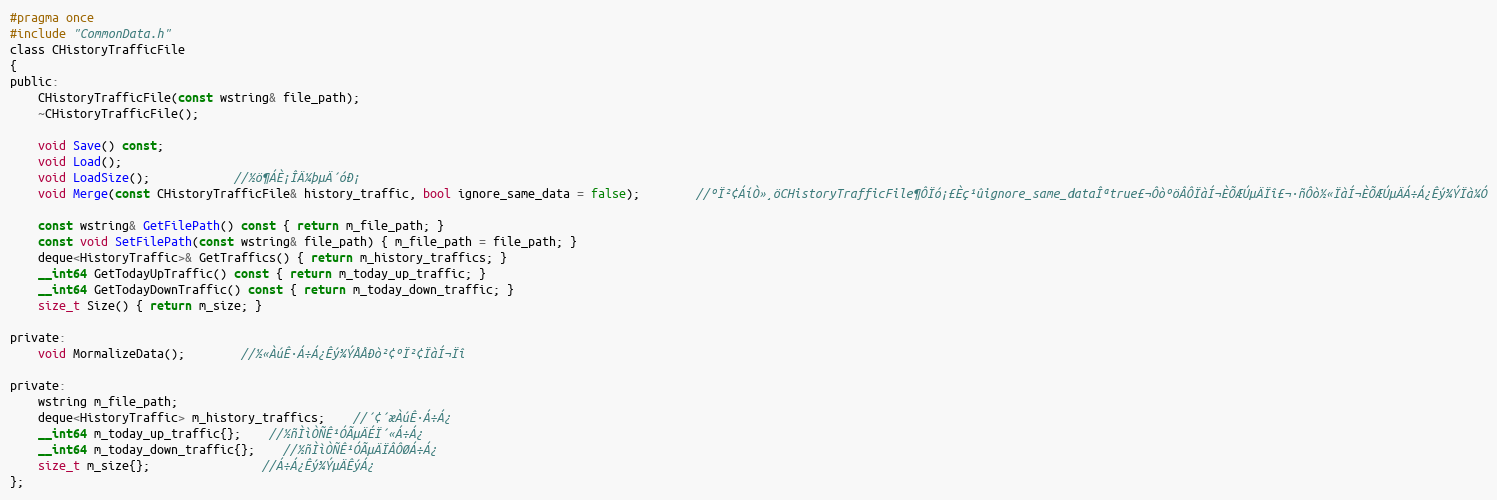
Language: C
#pragma once
#include "CommonData.h"
class CHistoryTrafficFile
{
public:
	CHistoryTrafficFile(const wstring& file_path);
	~CHistoryTrafficFile();

	void Save() const;
	void Load();
	void LoadSize();			//½ö¶ÁÈ¡ÎÄ¼þµÄ´óÐ¡
	void Merge(const CHistoryTrafficFile& history_traffic, bool ignore_same_data = false);		//ºÏ²¢ÁíÒ»¸öCHistoryTrafficFile¶ÔÏó¡£Èç¹ûignore_same_dataÎªtrue£¬ÔòºöÂÔÏàÍ¬ÈÕÆÚµÄÏî£¬·ñÔò½«ÏàÍ¬ÈÕÆÚµÄÁ÷Á¿Êý¾ÝÏà¼Ó

	const wstring& GetFilePath() const { return m_file_path; }
	const void SetFilePath(const wstring& file_path) { m_file_path = file_path; }
	deque<HistoryTraffic>& GetTraffics() { return m_history_traffics; }
	__int64 GetTodayUpTraffic() const { return m_today_up_traffic; }
	__int64 GetTodayDownTraffic() const { return m_today_down_traffic; }
	size_t Size() { return m_size; }

private:
	void MormalizeData();		//½«ÀúÊ·Á÷Á¿Êý¾ÝÅÅÐò²¢ºÏ²¢ÏàÍ¬Ïî

private:
	wstring m_file_path;
	deque<HistoryTraffic> m_history_traffics;	//´¢´æÀúÊ·Á÷Á¿
	__int64 m_today_up_traffic{};	//½ñÌìÒÑÊ¹ÓÃµÄÉÏ´«Á÷Á¿
	__int64 m_today_down_traffic{};	//½ñÌìÒÑÊ¹ÓÃµÄÏÂÔØÁ÷Á¿
	size_t m_size{};				//Á÷Á¿Êý¾ÝµÄÊýÁ¿
};